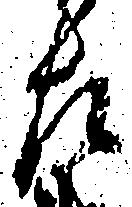
左